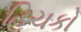
હિચકો